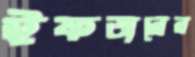
ইফতারের